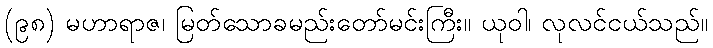
(၉၈) မဟာရာဇ၊ မြတ်သောခမည်းတော်မင်းကြီး။ ယုဝါ၊ လုလင်ငယ်သည်။